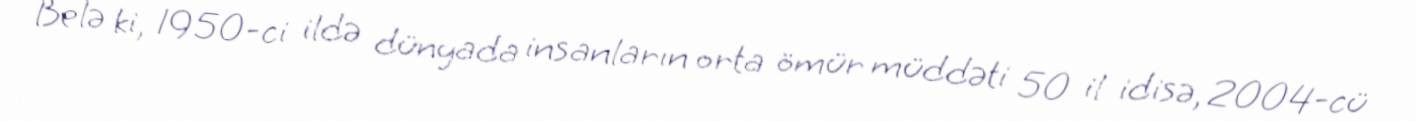
Belə ki, 1950-ci ildə dünyada insanların orta ömür müddəti 50 il idisə, 2004-cü